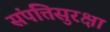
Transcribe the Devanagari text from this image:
संपत्तिसुरक्षा